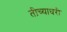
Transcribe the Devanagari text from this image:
तीच्याघरी